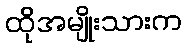
ထိုအမျိုးသားက